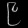
Digit: ၉